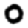
Digit: 0